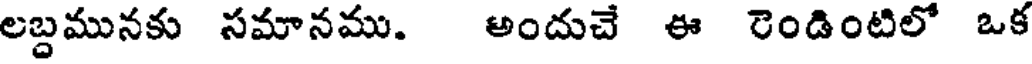
లబ్దమునకు సమానము. అందుచే ఈ రెండింటిలో ఒక